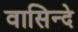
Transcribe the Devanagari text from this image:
वासिन्दे